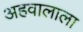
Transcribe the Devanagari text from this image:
अहवालाला